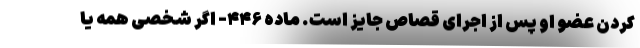
کردن عضو او پس از اجرای قصاص جایز است. ماده ۴۴۶- اگر شخصی همه یا